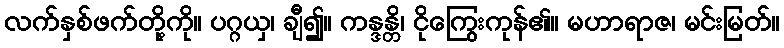
လက်နှစ်ဖက်တို့ကို။ ပဂ္ဂယှ၊ ချီ၍။ ကန္ဒန္တိ၊ ငိုကြွေးကုန်၏။ မဟာရာဇ၊ မင်းမြတ်။